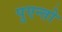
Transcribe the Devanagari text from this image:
पुएन्तो